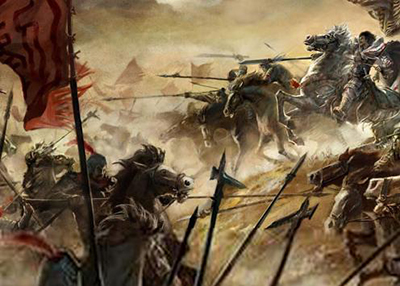
闲坐悲君亦自悲，百年多是几多时。